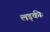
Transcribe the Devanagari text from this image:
लड़कीः